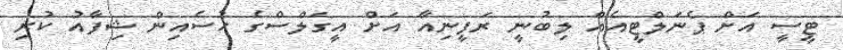
ޓީސީ އަށް ޕެނަލްޓީއެއް ލިބުނީ ރަފީނިއާ އަށް އީގަލްސްގެ ހުސެއިން ޝިފާއު ކުރި